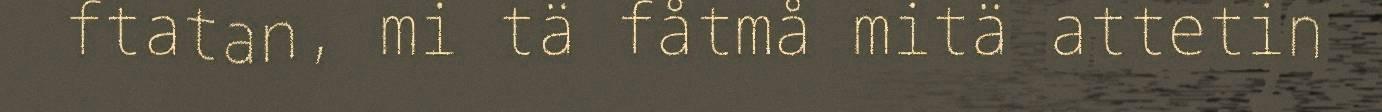
ftatan, mi tä fåtmå mitä attetin